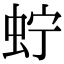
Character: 𧉞